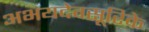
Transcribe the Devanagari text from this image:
अभयदेवसूरिके